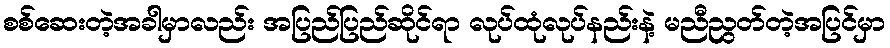
စစ်ဆေးတဲ့အခါမှာလည်း အပြည်ပြည်ဆိုင်ရာ လုပ်ထုံလုပ်နည်းနဲ့ မညီညွတ်တဲ့အပြင်မှာ